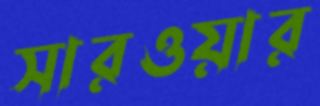
সারওয়ার